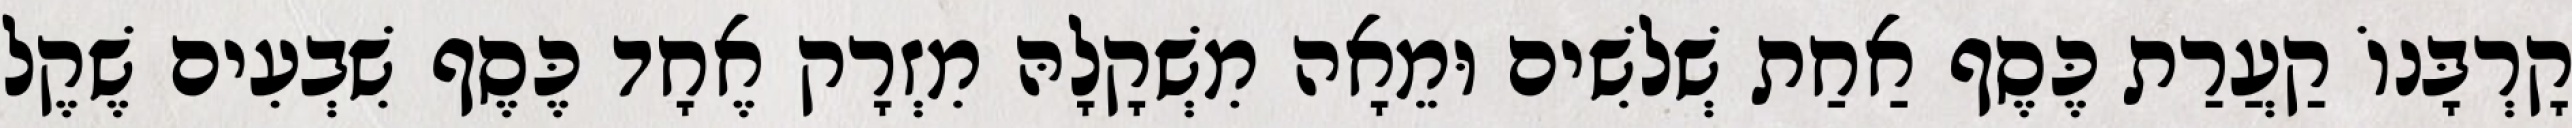
קָרְבָּנוֹ קַעֲרַת כֶּסֶף אַחַת שְׁלשִׁים וּמֵאָה מִשְׁקָלָהּ מִזְרָק אֶחָד כֶּסֶף שִׁבְעִים שֶׁקֶל